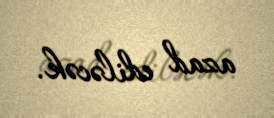
azad ediləcək.